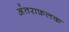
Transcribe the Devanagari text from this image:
अंतराफ़लक